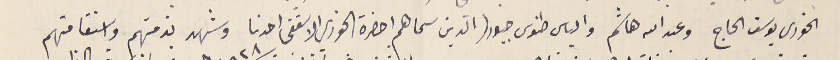
الخوري يوسف الحاج وعبدالله هاشم والياس طنوس جبور الذين سماهم حضرة الخوري الاسقفى احدنا وشهد بذمتهم واستقامتهم